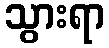
သွားရာ